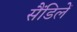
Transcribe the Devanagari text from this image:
सैंडिलें